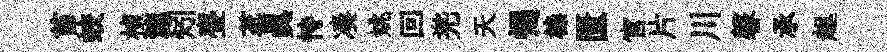
苗蛟楨漉矧亹茗真恃凑姚回兠天愒榛匱官片川馨承趄